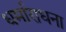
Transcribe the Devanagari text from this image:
धर्माराधना